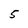
Character: 5